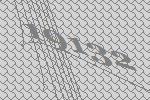
19132